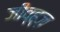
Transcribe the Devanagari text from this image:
जीव्ह्ज़